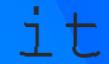
it